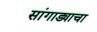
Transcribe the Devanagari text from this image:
सांगाड्याचा